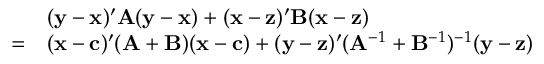
{ \begin{array} { r l } & { ( \mathbf { y } - \mathbf { x } ) ^ { \prime } \mathbf { A } ( \mathbf { y } - \mathbf { x } ) + ( \mathbf { x } - \mathbf { z } ) ^ { \prime } \mathbf { B } ( \mathbf { x } - \mathbf { z } ) } \\ { = } & { ( \mathbf { x } - \mathbf { c } ) ^ { \prime } ( \mathbf { A } + \mathbf { B } ) ( \mathbf { x } - \mathbf { c } ) + ( \mathbf { y } - \mathbf { z } ) ^ { \prime } ( \mathbf { A } ^ { - 1 } + \mathbf { B } ^ { - 1 } ) ^ { - 1 } ( \mathbf { y } - \mathbf { z } ) } \end{array} }